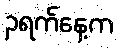
၃ရက်နေ့က